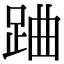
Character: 𨀪